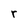
Character: r